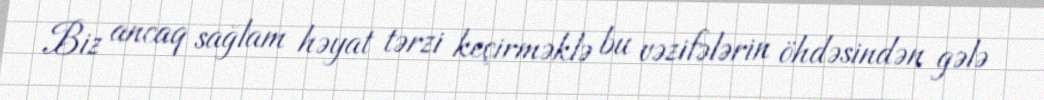
Biz ancaq sağlam həyat tərzi keçirməklə bu vəzifələrin öhdəsindən gələ